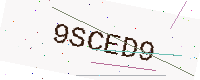
Text: 9SCED9